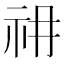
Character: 𰧱